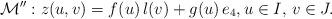
LaTeX: \begin{align*} \mathcal{M}'': z(u,v) = f(u)\, l(v) + g(u) \,e_4, u \in I, \, v \in J.\end{align*}